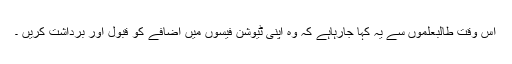
اس وقت طالبعلموں سے یہ کہا جارہاہے کہ وہ اپنی ٹیوشن فیسوں میں اضافے کو قبول اور برداشت کریں ۔